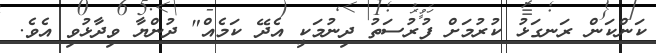
ކަންކަން ރަނގަޅު ކުރުމަށް ފުރުސަތު ދިނުމަކީ އެދޭ ކަމެއް" ދުންޔާ ވިދާޅުވި އެވެ.